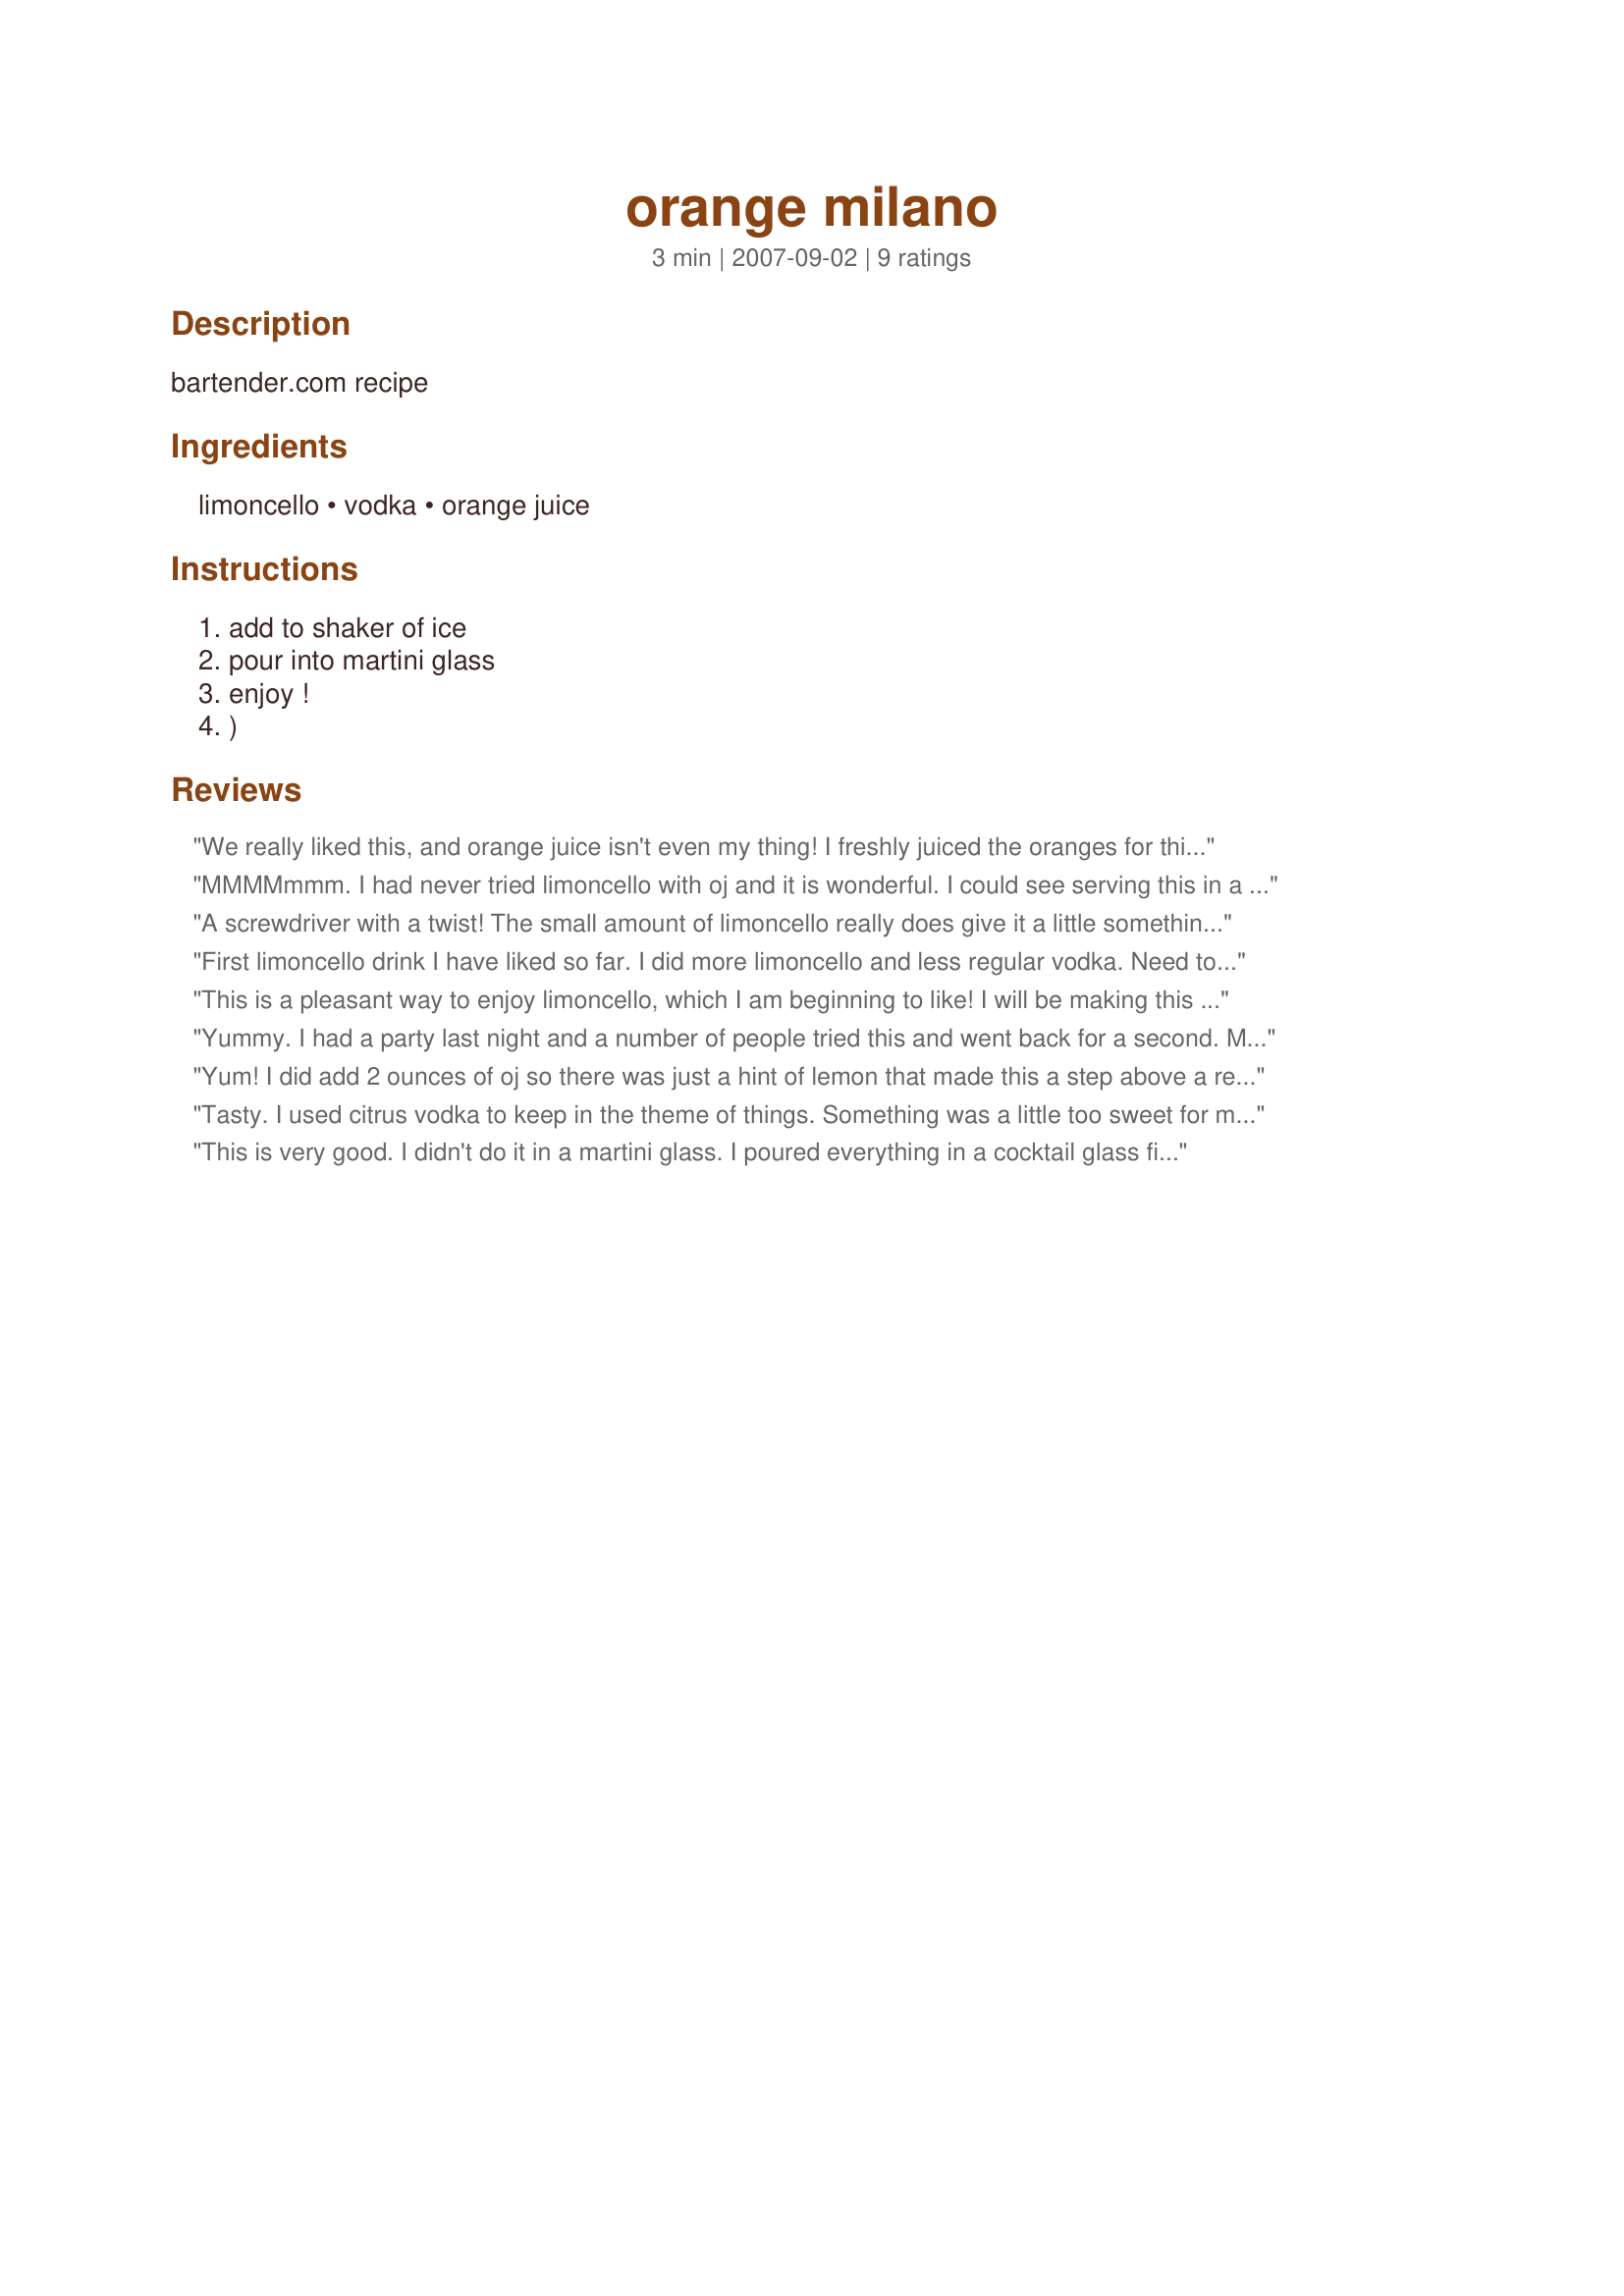
orange milano
Preparation time: 3 minutes

bartender.com recipe

Ingredients:
limoncello, vodka, orange juice

Steps:
add to shaker of ice
pour into martini glass
enjoy !
)

Reviews:
We really liked this, and orange juice isn't even my thing! I freshly juiced the oranges for this drink, and I think that made all the difference for me. (It was lighter and less sweet than if I used juice from a carton.) I'll be making this again in the summer. Thank you!
MMMMmmm. I had never tried limoncello with oj and it is wonderful. I could see serving this in a cocktail glass with a touch of granadine over ice as well. Thanks for the treat Mommy Diva! Made for ZWT 4 by a Jefe de la Cocina
A screwdriver with a twist! The small amount of limoncello really does give it a little something special. DH still doesn't like limoncello, but I'm slowly converting him. :D Thanks Mommy Diva!
First limoncello drink I have liked so far. I did more limoncello and less regular vodka. Need to build my bar glass collection as I didn't have a martini glass. I guess that will not make it taste any better anyways!
Beautiful color. Second birthday drink of the evening...thank you so much! Made for ZWT4.
This is a pleasant way to enjoy limoncello, which I am beginning to like! I will be making this again! Made for Beverage Tag.
Yummy. I had a party last night and a number of people tried this and went back for a second. Made for ZWT4.
Yum! I did add 2 ounces of oj so there was just a hint of lemon that made this a step above a regualar screwdriver. Made for the Babes of ZWT4.
Tasty. I used citrus vodka to keep in the theme of things. Something was a little too sweet for me here. I ended up squeezing a rather large lime wedgew into my drink. I thought the orange juice would be the perfect balance of rthe limoncello, but I guess it was still stronger than the oj. Very refreshing once I got the lime juice in there however.
This is very good. I didn't do it in a martini glass. I poured everything in a cocktail glass filled with ice. Thanks MommyDiva. Made for ZWT4
